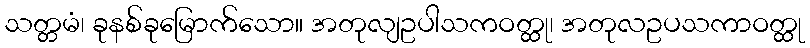
သတ္တမံ၊ ခုနစ်ခုမြောက်သော။ အတုလျဥပါသကဝတ္ထု၊ အတုလဥပသကာဝတ္ထု